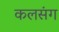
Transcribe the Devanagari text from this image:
कलसंग